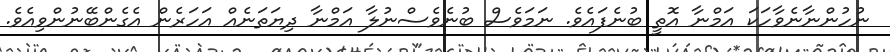
ނުހުންނާނެވާހަކަ އަމްނާ އޮތީ ބުނެފައެވެ. ނަމަވެސް ބުނެވެސްނުލާ އަމްނާ ދިޔަތަނެއް އަހަރެން އެގެންބޭނުންވިއެވެ.